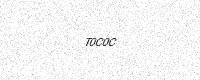
Text: T0C0C